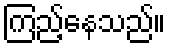
ကြည့်နေသည်။